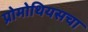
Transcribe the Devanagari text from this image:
प्रोमोथियसचा